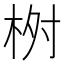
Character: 𣑣